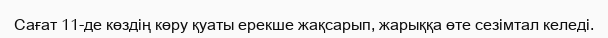
Сағат 11-де көздің көру қуаты ерекше жақсарып, жарыққа өте сезімтал келеді.